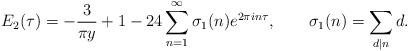
LaTeX: \begin{align*} E_2(\tau)=-\frac{3}{\pi y}+1-24\sum_{n=1}^\infty\sigma_1(n)e^{2\pi in\tau},\qquad\sigma_1(n)=\sum_{d|n}d.\end{align*}